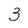
Character: 3